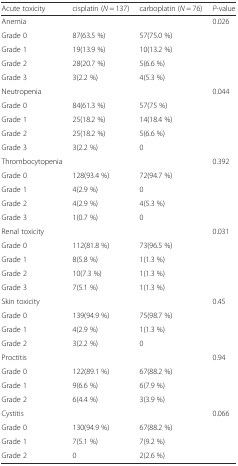
| Acute toxicity | cisplatin (N = 137) | carboplatin (N = 76) | P-value |
 | --- | --- | --- | --- |
 | Anemia |  |  | <ROWSPAN=5> 0.026 |
 | Grade 0 | 87(63.5 %) | 57(75.0 %) |
 | Grade 1 | 19(13.9 %) | 10(13.2 %) |
 | Grade 2 | 28(20.7 %) | 5(6.6 %) |
 | Grade 3 | 3(2.2 %) | 4(5.3 %) |
 | Neutropenia |  |  | <ROWSPAN=5> 0.044 |
 | Grade 0 | 84(61.3 %) | 57(75 %) |
 | Grade 1 | 25(18.2 %) | 14(18.4 %) |
 | Grade 2 | 25(18.2 %) | 5(6.6 %) |
 | Grade 3 | 3(2.2 %) | 0 |
 | Thrombocytopenia |  |  | <ROWSPAN=5> 0.392 |
 | Grade 0 | 128(93.4 %) | 72(94.7 %) |
 | Grade 1 | 4(2.9 %) | 0 |
 | Grade 2 | 4(2.9 %) | 4(5.3 %) |
 | Grade 3 | 1(0.7 %) | 0 |
 | Renal toxicity |  |  | <ROWSPAN=5> 0.031 |
 | Grade 0 | 112(81.8 %) | 73(96.5 %) |
 | Grade 1 | 8(5.8 %) | 1(1.3 %) |
 | Grade 2 | 10(7.3 %) | 1(1.3 %) |
 | Grade 3 | 7(5.1 %) | 1(1.3 %) |
 | Skin toxicity |  |  | <ROWSPAN=4> 0.45 |
 | Grade 0 | 139(94.9 %) | 75(98.7 %) |
 | Grade 1 | 4(2.9 %) | 1(1.3 %) |
 | Grade 2 | 3(2.2 %) | 0 |
 | Proctitis |  |  | <ROWSPAN=4> 0.94 |
 | Grade 0 | 122(89.1 %) | 67(88.2 %) |
 | Grade 1 | 9(6.6 %) | 6(7.9 %) |
 | Grade 2 | 6(4.4 %) | 3(3.9 %) |
 | Cystitis |  |  | <ROWSPAN=4> 0.066 |
 | Grade 0 | 130(94.9 %) | 67(88.2 %) |
 | Grade 1 | 7(5.1 %) | 7(9.2 %) |
 | Grade 2 | 0 | 2(2.6 %) |